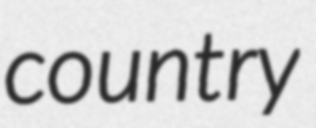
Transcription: country